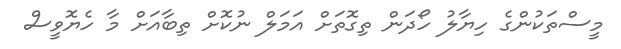
މީސްތަކުންގެ ހިޔާލު ހޯދަން ތިގޮތަށް އަމަލް ނުކޮށް ތިބާއަށް މާ ހެޔޮވީސް